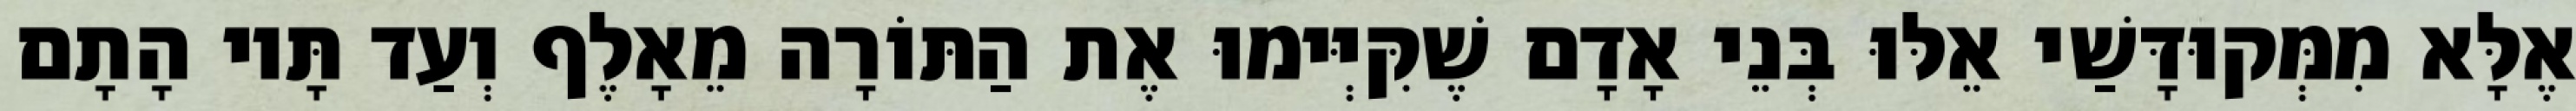
אֶלָּא מִמְּקוּדָּשַׁי אֵלּוּ בְּנֵי אָדָם שֶׁקִּיְּימוּ אֶת הַתּוֹרָה מֵאָלֶף וְעַד תָּיו הָתָם